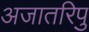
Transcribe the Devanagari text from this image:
अजातरिपु